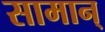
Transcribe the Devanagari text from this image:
सामान्